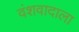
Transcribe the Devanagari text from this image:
वंशवादाला